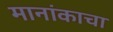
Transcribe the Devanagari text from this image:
मानांकाचा